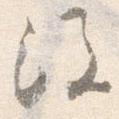
注